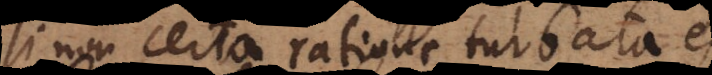
si non certa ratione turbata ess